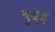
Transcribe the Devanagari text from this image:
बुद्द